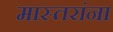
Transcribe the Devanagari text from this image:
मास्तरांना